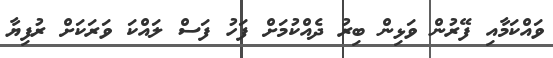
ވައްކަމާއި ފޭރުން ވަޅިން ބިރު ދެއްކުމަށް ފަހު ފަސް ލައްކަ ވަރަކަށް ރުފިޔާ